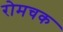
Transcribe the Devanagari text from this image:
रोमचक